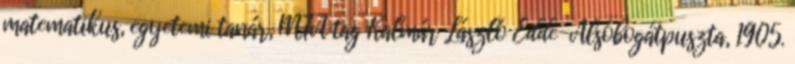
matematikus, egyetemi tanár, MTA tag Kalmár László Edde-Alsóbogátpuszta, 1905.